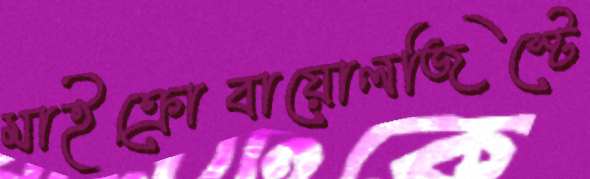
মাইক্রোবায়োলজিস্টে